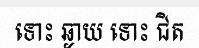
ទោះ ឆ្ងាយ ទោះ ជិត